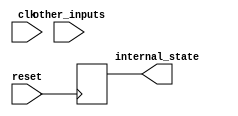
module reset_block (
    input wire clk,
    input wire reset,
    input wire other_inputs,
    output reg internal_state
);

always @(posedge reset) begin
    // Code to execute when reset signal has a positive edge
    internal_state <= initial_value; // Update internal state accordingly
end

// Additional logic for the module goes here

endmodule